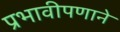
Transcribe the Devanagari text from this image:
प्रभावीपणाने